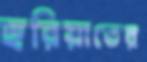
হুরিয়াতের